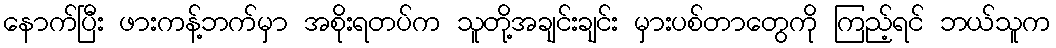
နောက်ပြီး ဖားကန့်ဘက်မှာ အစိုးရတပ်က သူတို့အချင်းချင်း မှားပစ်တာတွေကို ကြည့်ရင် ဘယ်သူက